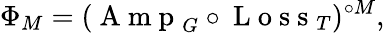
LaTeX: \Phi_{M}=(\mathrm{~A~m~p~}_{G}\circ\mathrm{~L~o~s~s~}_{T})^{\circ M},